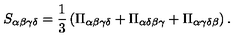
S _ { \alpha \beta \gamma \delta } = \frac { 1 } { 3 } \left( \Pi _ { \alpha \beta \gamma \delta } + \Pi _ { \alpha \delta \beta \gamma } + \Pi _ { \alpha \gamma \delta \beta } \right) .